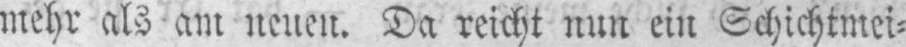
mehr als am neuen. Da reicht nun ein Schichtmei⸗